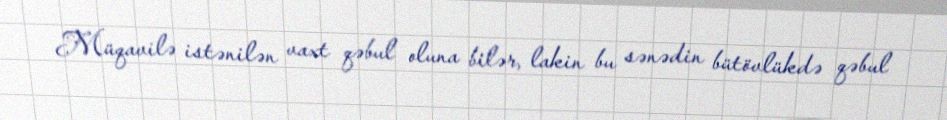
Müqavilə istənilən vaxt qəbul oluna bilər, lakin bu sənədin bütövlükdə qəbul